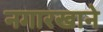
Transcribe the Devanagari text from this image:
नगारखाने